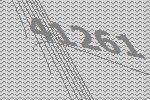
41261